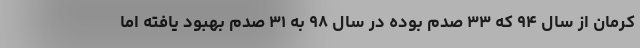
کرمان از سال ۹۴ که ۳۳ صدم بوده در سال ۹۸ به ۳۱ صدم بهبود یافته اما